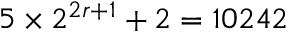
5 \times 2 ^ { 2 r + 1 } + 2 = 1 0 2 4 2